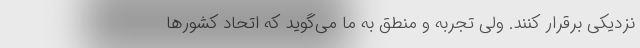
نزدیکی برقرار کنند. ولی تجربه و منطق به ما می‌گوید که اتحاد کشورها